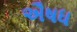
ઐષધ